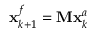
\mathbf { x } _ { k + 1 } ^ { f } = \mathbf { M } \mathbf { x } _ { k } ^ { a }